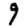
Digit: 9